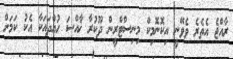
ރާއްޖެ އެތެރެ ވެވޭނީ އިކޮނޮމިކް މިނިސްޓްރީން ދޫކުރާ ޚާއްސަ ހުއްދައަކާ އެކު ކަމަށް